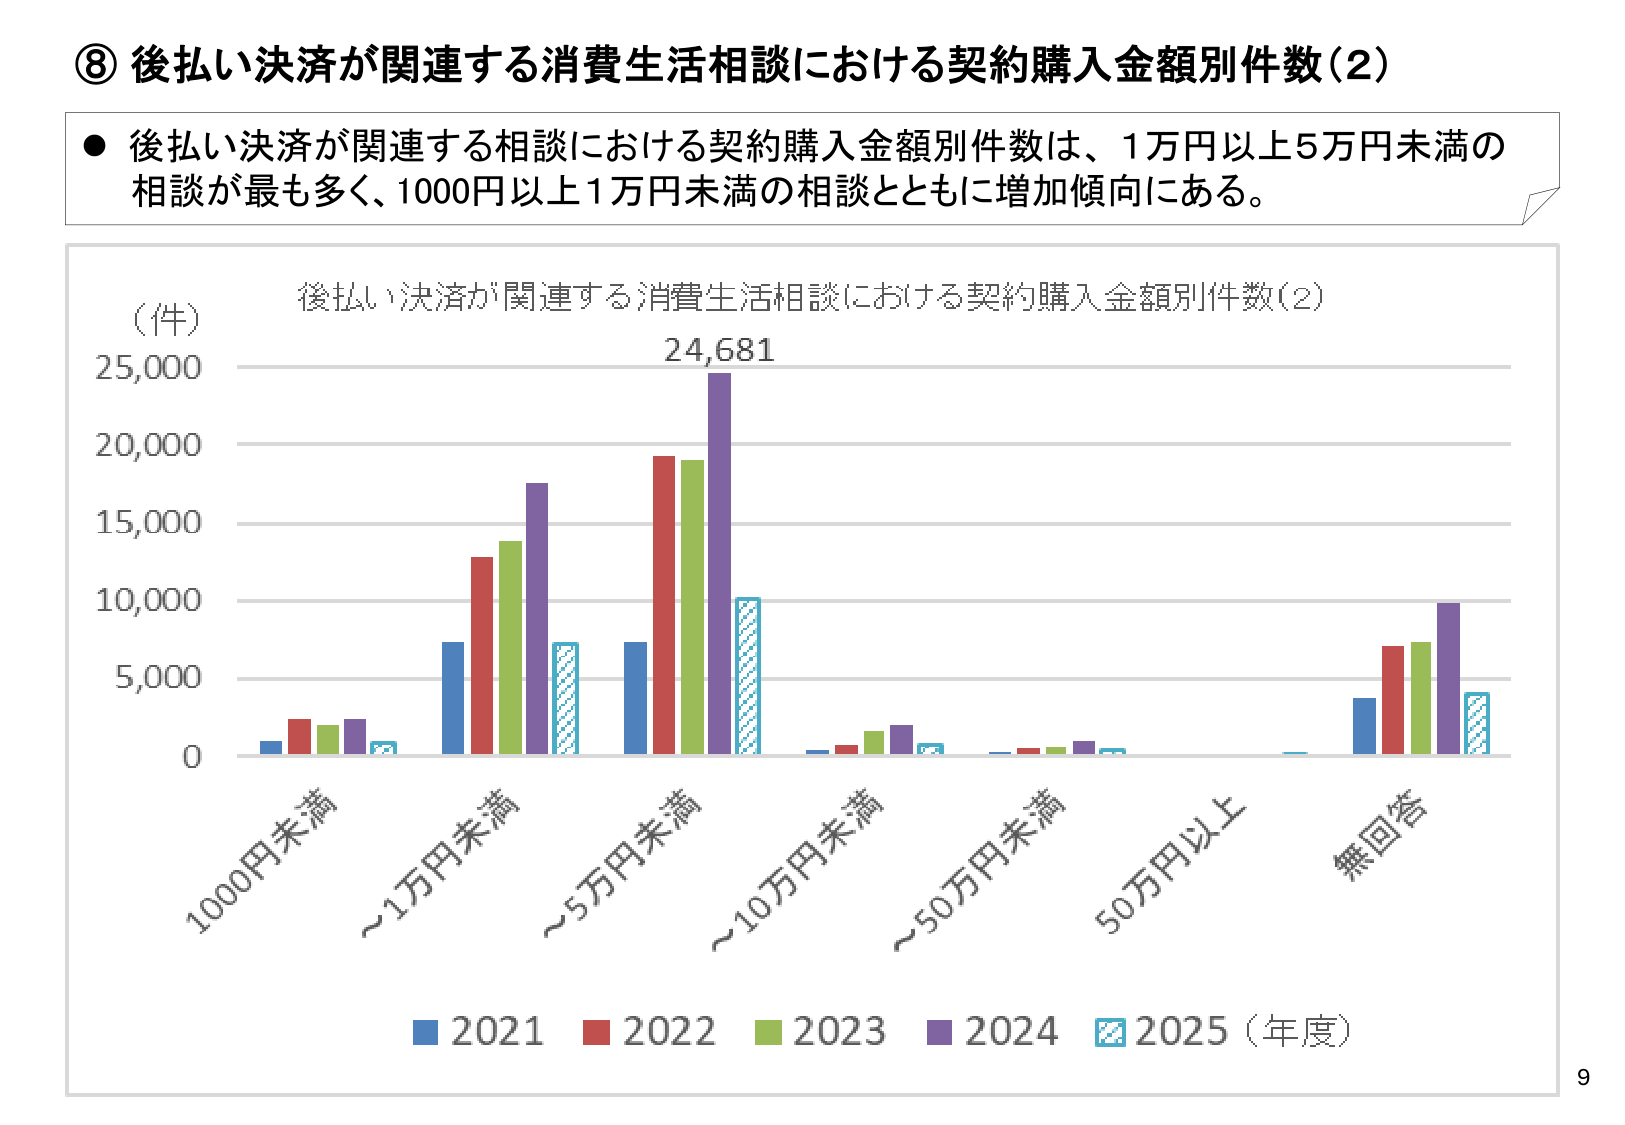
⑧ 後払い決済が関連する消費生活相談における契約購入金額別件数（2）

● 後払い決済が関連する相談における契約購入金額別件数は、1万円以上5万円未満の相談が最も多く、1000円以上1万円未満の相談とともに増加傾向にある。

（件）
25,000
20,000
15,000
10,000
5,000
0

後払い決済が関連する消費生活相談における契約購入金額別件数（2）

1000円未満
～1万円未満
～5万円未満
～10万円未満
～50万円未満
50万円以上
無回答

24,681

■ 2021 ■ 2022 ■ 2023 ■ 2024 ■ 2025（年度）

9